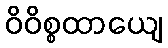
ဝိဝိစ္စထာယျေ